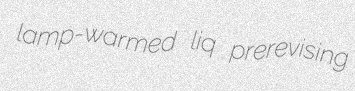
lamp-warmed liq prerevising